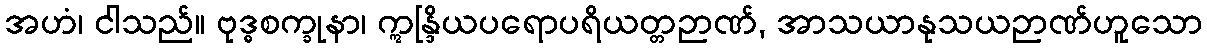
အဟံ၊ ငါသည်။ ဗုဒ္ဓစက္ခုနာ၊ ဣန္ဒြိယပရောပရိယတ္တဉာဏ်, အာသယာနုသယဉာဏ်ဟူသော